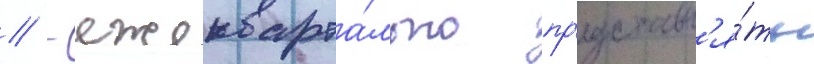
// - ежекварта́льно пр'едставл'я́ть